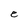
Character: e